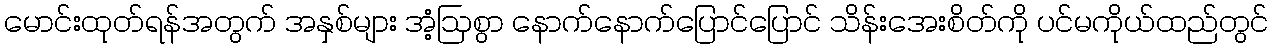
မောင်းထုတ်ရန်အတွက် အနှစ်များ အံ့ဩစွာ နောက်နောက်ပြောင်ပြောင် သိန်းအေးစိတ်ကို ပင်မကိုယ်ထည်တွင်